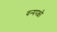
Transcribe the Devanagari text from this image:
वन्यपक्षी